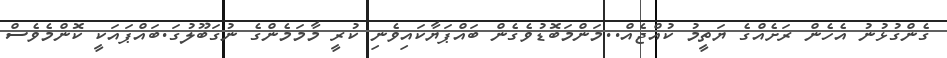
ގެންގުޅުނު އެހެން ރަށެއްގެ ޔަތީމު ކުއްޖެއް..މަންމަބޮޑުވެގެން ބައްޕަޔާކައިވެނި ކުރީ މާމަމެންގެ ނުގަބޫލުގަ.ބައްޕައަކީ ކޮންމެވެސް